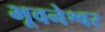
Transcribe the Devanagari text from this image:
भूवनेश्वर